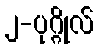
၂-ပုဂ္ဂိုလ်